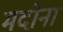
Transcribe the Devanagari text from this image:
मदोना